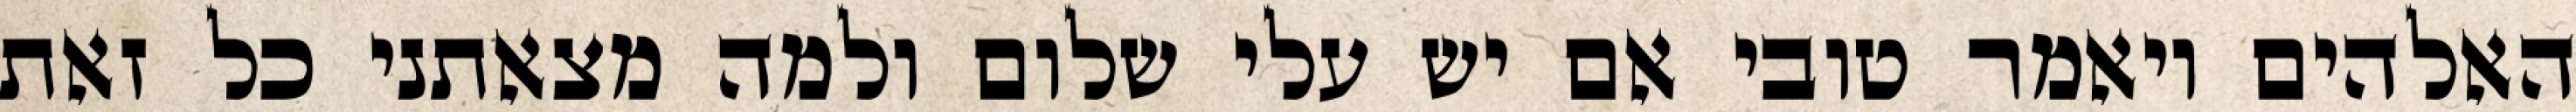
האלהים ויאמר טובי אם יש עלי שלום ולמה מצאתני כל זאת